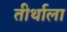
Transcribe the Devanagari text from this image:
तीर्थाला